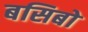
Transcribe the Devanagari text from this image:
बसिबो